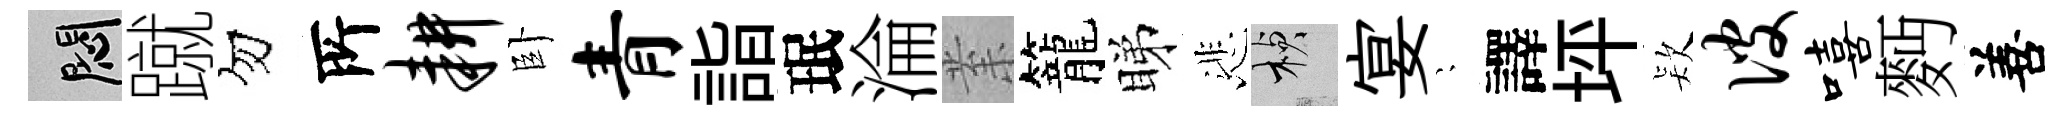
悶蹴勿𠩄耕卧青詣珉淪𭪙籠睇悲楨宴隠譯坪𣣇彼嘻麪善